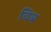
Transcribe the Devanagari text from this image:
विब